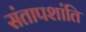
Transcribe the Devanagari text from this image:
संतापशांति